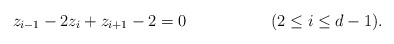
\begin{align*} z_{i-1} - 2 z_i + z_{i+1} -2 = 0 && (2 \leq i \leq d-1).\end{align*}